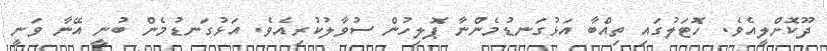
ދޫކޮށްލީއެވެ. ހޮޓަލުގައި ތިއްބާ އަޅުގަނޑުމެންނާ ޕޮލިހުން ސުވާލުކުރިއެވެ. އަޅުގަނޑުމެން ބުނީ އޭނާ ވަނީ